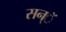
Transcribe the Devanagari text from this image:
सन्ॅ